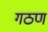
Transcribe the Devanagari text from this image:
गठण